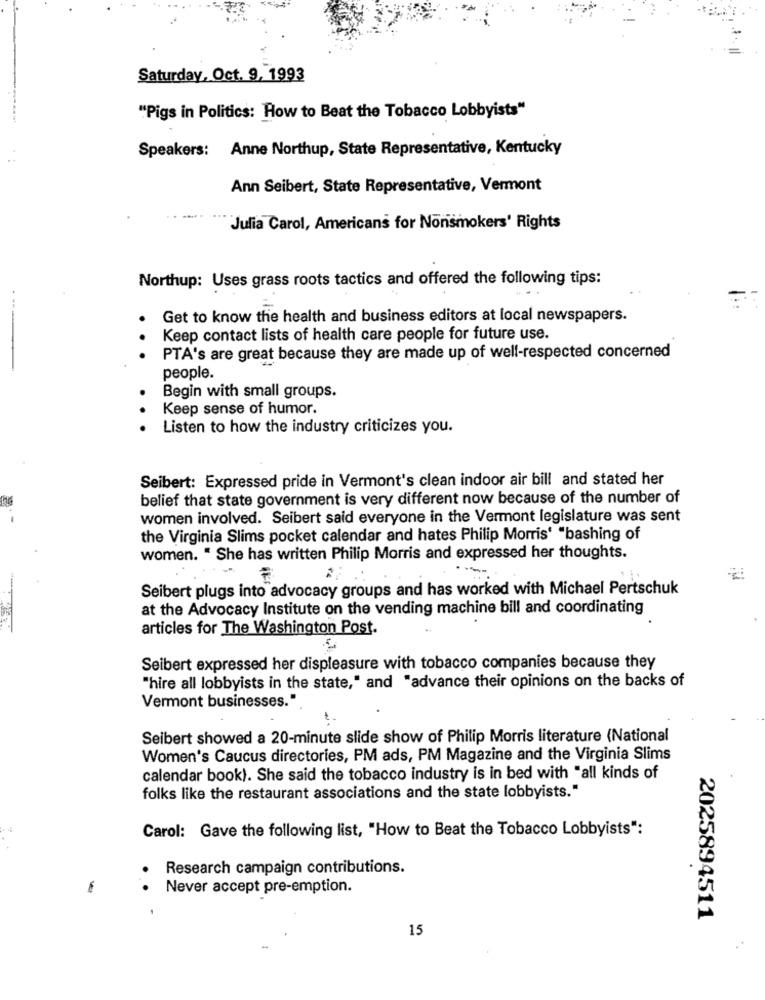
Saturday, Oct. 9. 1993
"Pigs in Politics: How to Beat the Tobacco Lobbyists"
Speakers: Anne Northup, State Representative, Kentucky
Ann Seibert, State Representative, Vermont
Julia Carol, Americans for Nonsmokers' Rights
Northup: Uses grass roots tactics and offered the following tips:
----
Get to know the health and business editors at local newspapers.
Keep contact lists of health care people for future use.
PTA's are great because they are made up of well-respected concerned
people.
Begin with small groups.
Keep sense of humor.
Listen to how the industry criticizes you.
Seibert: Expressed pride in Vermont's clean indoor air bill and stated her
belief that state government is very different now because of the number of
women involved. Seibert said everyone in the Vermont legislature was sent
the Virginia Slims pocket calendar and hates Philip Morris' "bashing of
women. " She has written Philip Morris and expressed her thoughts.
Seibert plugs into advocacy groups and has worked with Michael Pertschuk
at the Advocacy Institute on the vending machine bill and coordinating
articles for The Washington Post.
Seibert expressed her displeasure with tobacco companies because they
"hire all lobbyists in the state," and "advance their opinions on the backs of
Vermont businesses."
Seibert showed a 20-minute slide show of Philip Morris literature (National
Women's Caucus directories, PM ads, PM Magazine and the Virginia Slims
calendar book). She said the tobacco industry is in bed with "all kinds of
folks like the restaurant associations and the state lobbyists."
Carol: Gave the following list, "How to Beat the Tobacco Lobbyists":
Research campaign contributions.
.
Never accept pre-emption.
2025894511
15
-